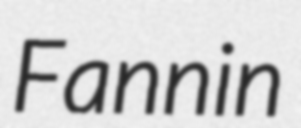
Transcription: Fannin